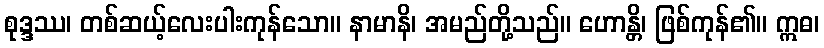
စုဒ္ဒဿ၊ တစ်ဆယ့်လေးပါးကုန်သော။ နာမာနိ၊ အမည်တို့သည်။ ဟောန္တိ၊ ဖြစ်ကုန်၏။ ဣဓ၊